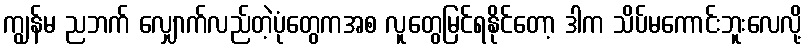
ကျွန်မ ညဘက် လျှောက်လည်တဲ့ပုံတွေကအစ လူတွေမြင်ရနိုင်တော့ ဒါက သိပ်မကောင်းဘူးလေလို့